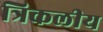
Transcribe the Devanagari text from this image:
त्रिकलीय